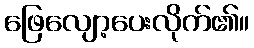
ဖြေလျော့ပေးလိုက်၏။